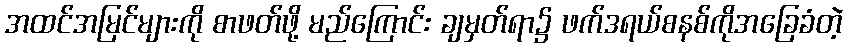
အထင်အမြင်များကို စာဖတ်ဖို့ မည်ကြောင်း ချမှတ်ရာ၌ ဖက်ဒရယ်စနစ်ကိုအခြေခံတဲ့